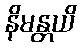
နိမန္တယိ